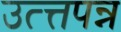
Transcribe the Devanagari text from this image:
उत्त्तपन्न